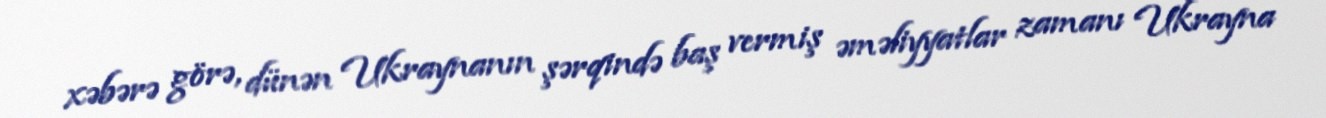
xəbərə görə, dünən Ukraynanın şərqində baş vermiş əməliyyatlar zamanı Ukrayna